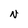
Character: N